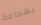
بشجاعة